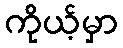
ကိုယ့်မှာ